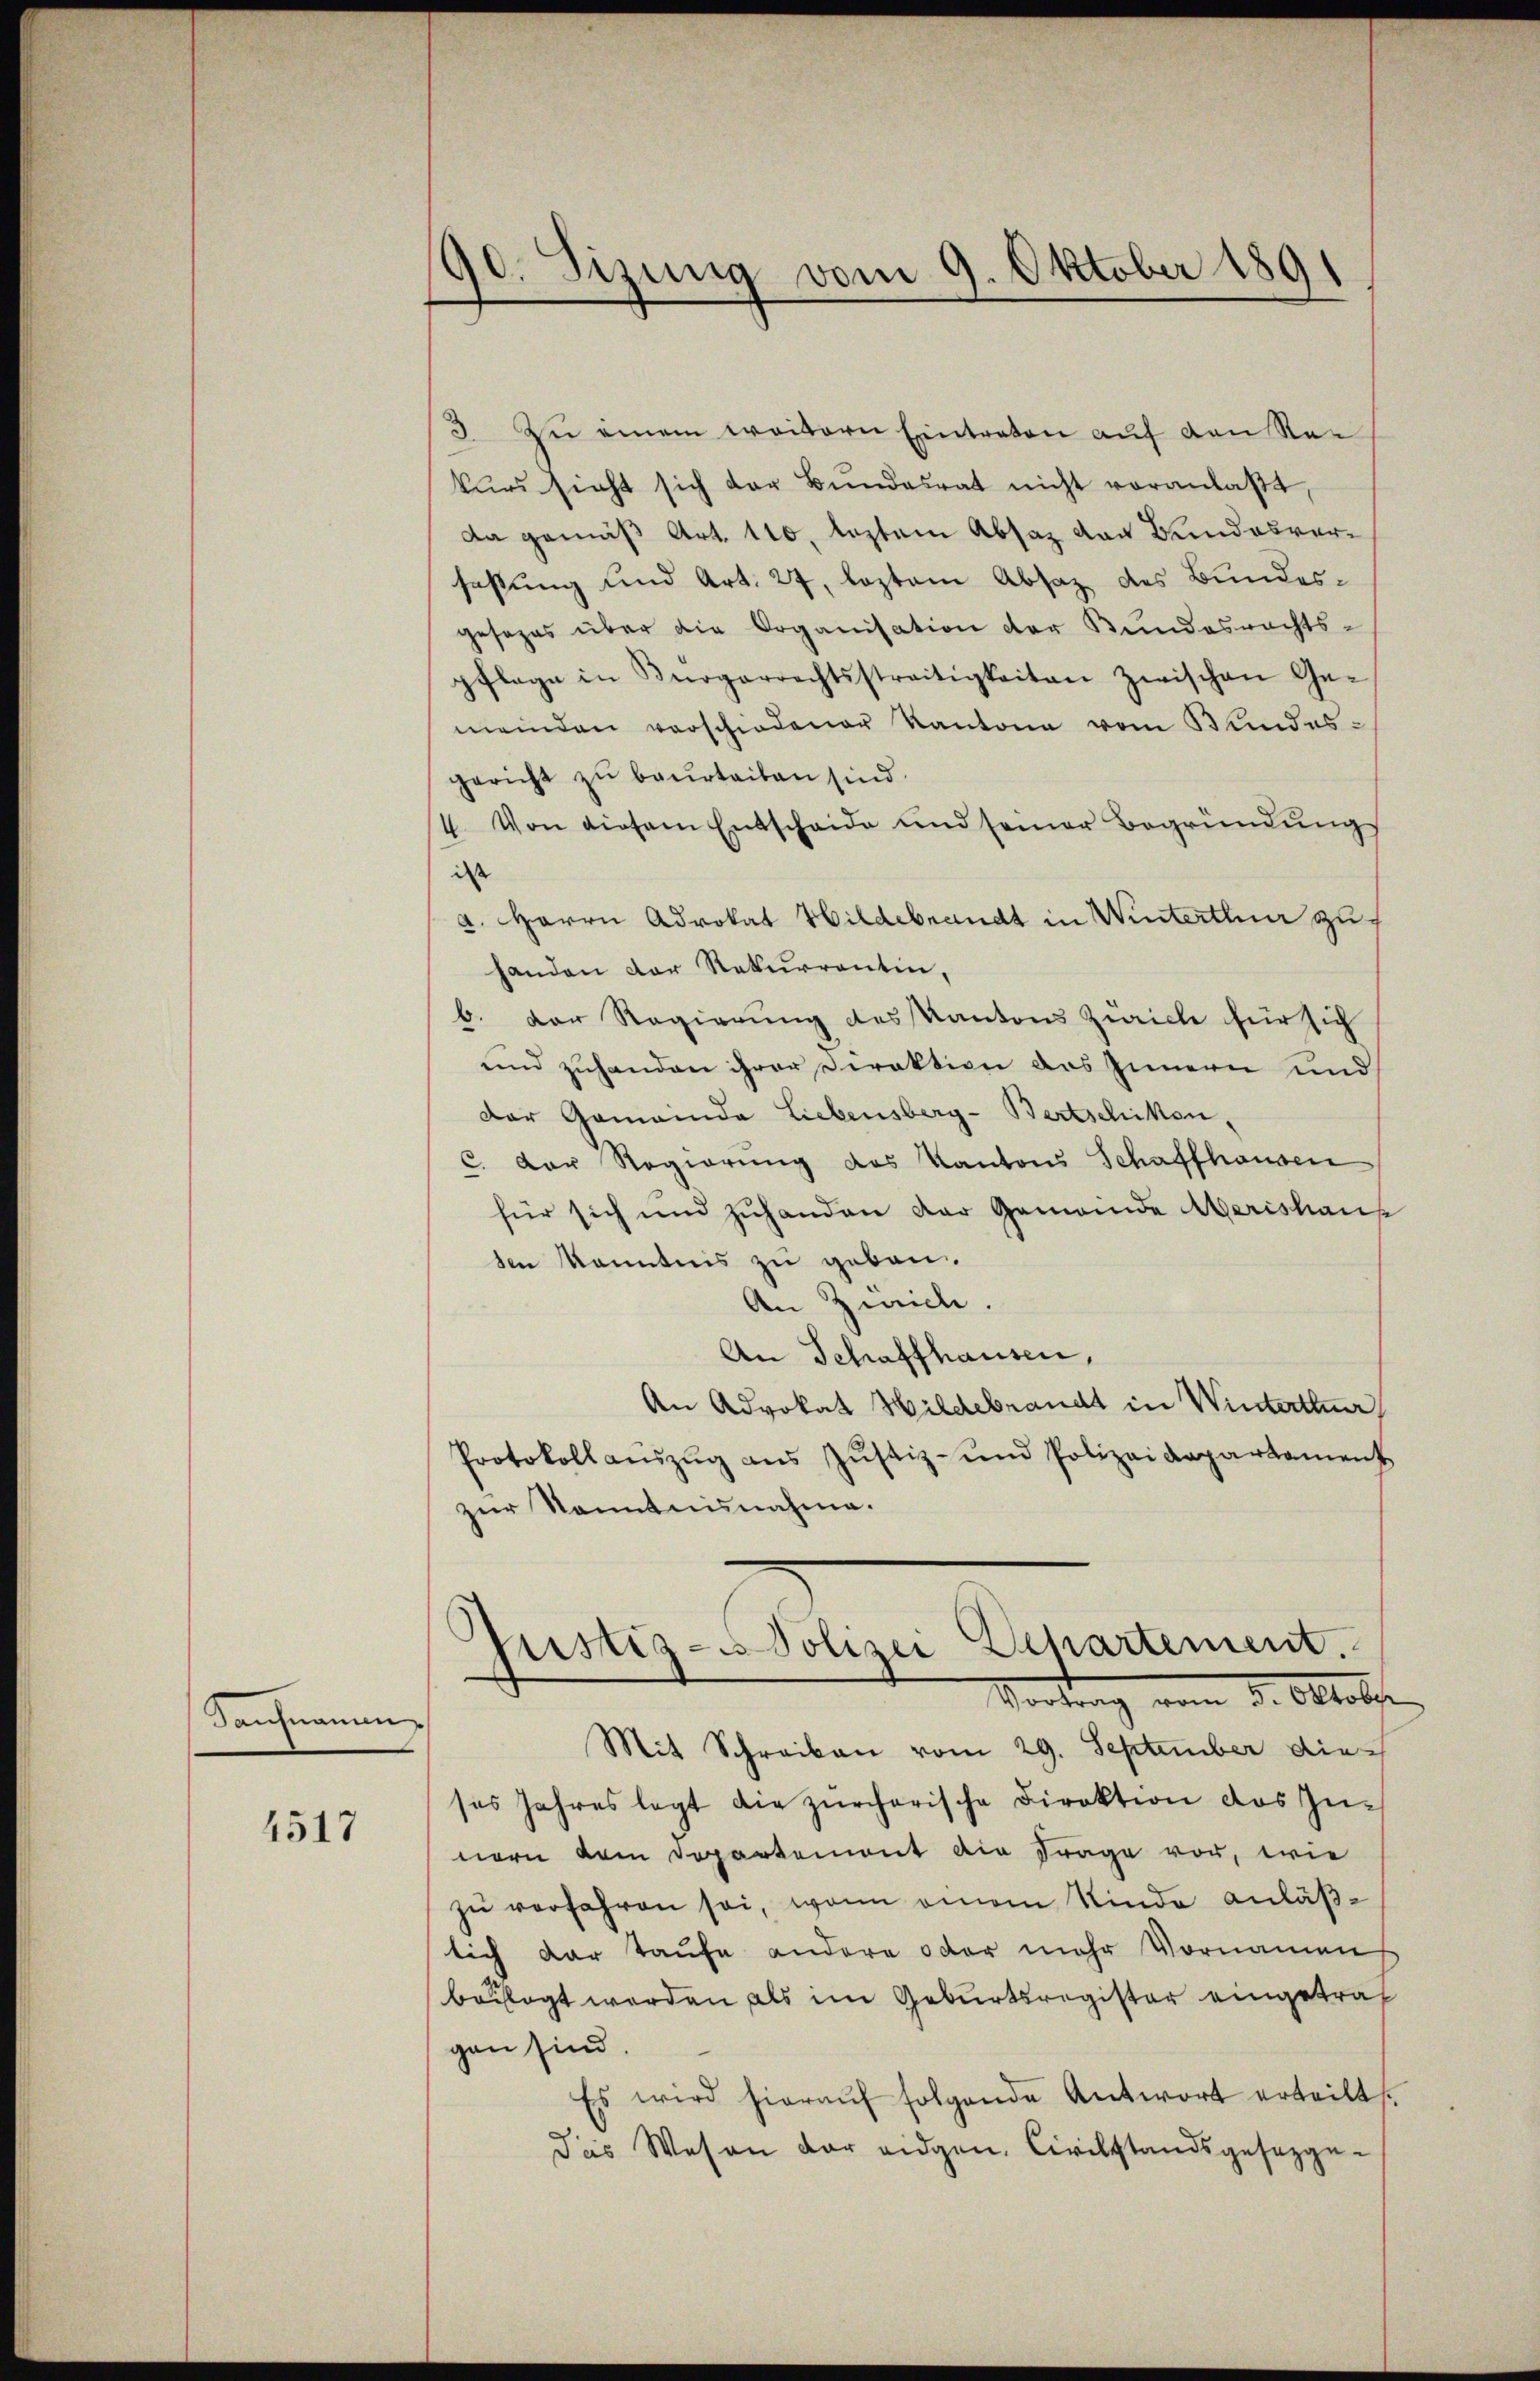
Saufnamen

4517

90. Sizung vom 9. Oktober 1891
e

3. Zu einem weitern Eintreten auf den Rekŭrs sieht sich der Bŭndesrat nicht veranlaβt.
Da gemäß Art. 110, leztem Absaz von Bundesverfaßung und Art. 27, leztem Absaz des Bundesgesezes über die Organisation der Bundesrechts-
pflage in Knogarrechtsstreitigkeiten zwischen Ge-
meinden verschiedener Kantone vom Bundes-
gericht zu beurteiben sind.
4. Von diesem Entscheide und seiner Begründŭng
dass
a. Herrn Advokat Hildebrandt in Winterthur zu
handen der Rekurrentin,
b. Der Regierung des Kantons Zürich für sich
und zuhanden ihrer Direktion des Innern und
Der Gemeinde Liebensberg-Bertschikten,
C. Der Regierung des Kantons Schaffhausen
für sich und zuhanden der Gemeinde Aberishaup
den kanntnis zu geben.
An Zürich.
An Schaffhausen,
An Advokat Wildebrandt in Winterthur
Protokoll aŭszŭg aŭs Jŭstiz- und Polizeidepartament
zur Kenntnisnahme.
Justiz- u Polizei Departement.
Vortrag vom 8. Oktober
Mit Schreiben vom 29. September die
ses Jahres legt die zürcherische Direktion des Zünern vom Departemont die Frage vor, wie
zu verfahren sei, wenn einem Kinde anläßlich der Taufe andere oder mehr Vornamen
belegt werden als im Geburtsregister eingetraf
gen sind
Es wird hierauf folgende Antwort erteilt.
das Wesen der eidgen. Civilstandsgesetzge¬